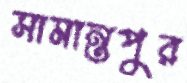
সামান্তপুর